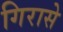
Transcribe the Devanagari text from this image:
गिरासे